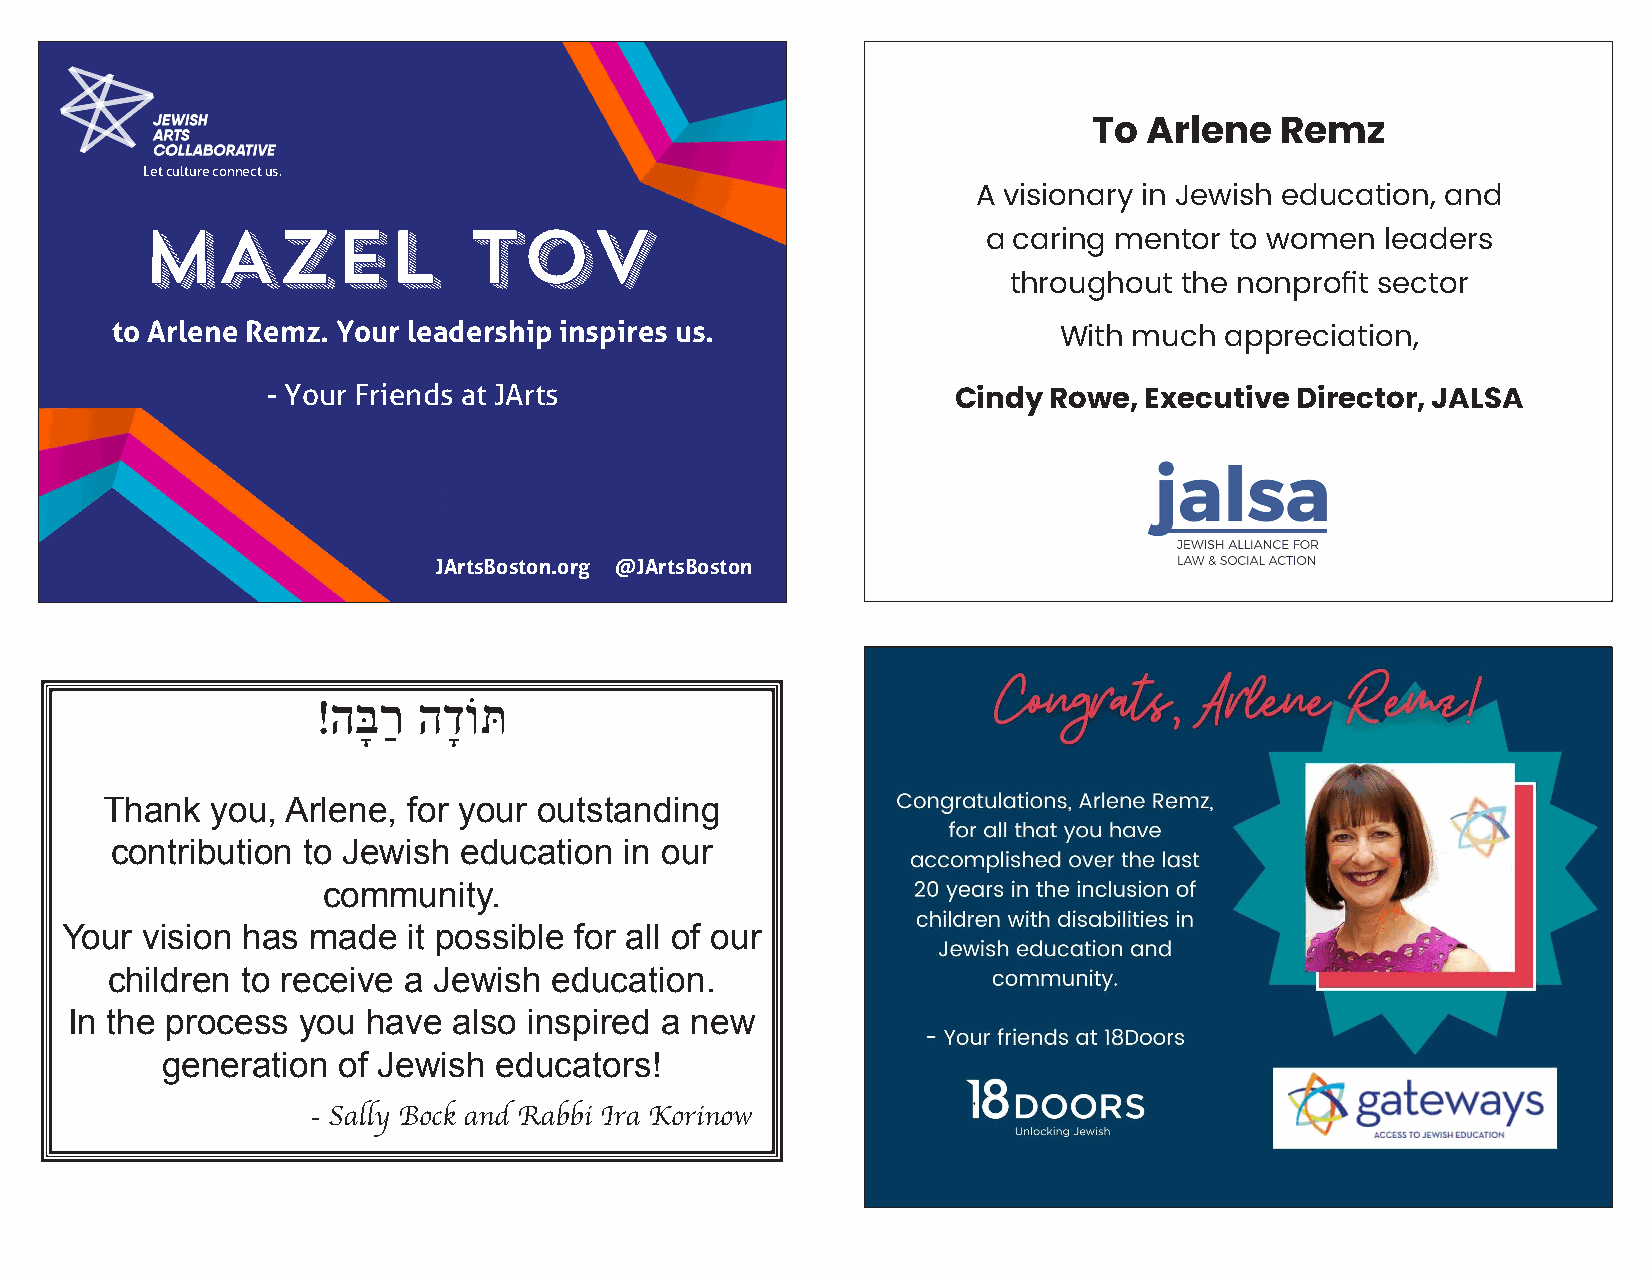
To  Arlene   Remz
 Let culture connect us.
 A visionary in Jewish education, and
 a caring mentor to women   leaders
 throughout the nonprofit sector
 to Arlene Remz. Your leadership inspires us.
 With much  appreciation,
 - Your Friends at JArts
 Cindy Rowe,  Executive Director, JALSA
 JArtsBoston.org @JArtsBoston
 !הָּבַר הָדוֹתּ
 Thank  you, Arlene, for your outstanding
 contribution to Jewish  education in our
 community.
 Your vision has  made  it possible for all of our
 children to receive a Jewish  education.
 In the process  you have  also inspired a new
 generation of Jewish  educators!
 - Sally Bock and Rabbi Ira Korinow